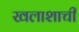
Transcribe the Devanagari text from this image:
खलाशाची